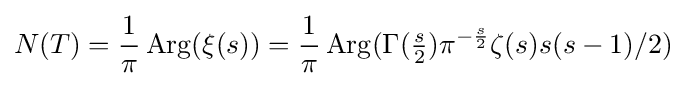
N(T)={\frac {1}{\pi }}\mathop {\mathrm {Arg} } (\xi (s))={\frac {1}{\pi }}\mathop {\mathrm {Arg} } (\Gamma ({\tfrac {s}{2}})\pi ^{-{\frac {s}{2}}}\zeta (s)s(s-1)/2)